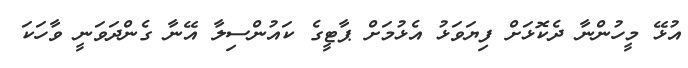
އުޅޭ މީހުންނާ ދެކޮޅަށް ފިޔަވަޅު އެޅުމަށް ޕާޓީގެ ކައުންސިލާ އޭނާ ގެންދަވަނީ ވާހަކަ